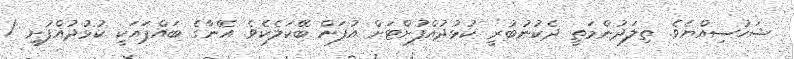
ޝަހުސިއްޔެވެ. ތިލަދުންމަތީ ދެކުނުބުރީ ކުޅުދުއްފުށްޓަށް އުފަން ބޭކަލެކެވެ. އޭނާގެ ބައްޕައަކީ ކުޅުދުއްފުށީ /